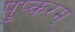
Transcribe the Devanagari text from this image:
पुष्करम्‌